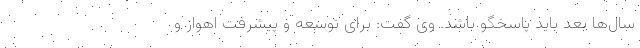
سال‌ها بعد باید پاسخگو باشد. وی گفت: برای توسعه و پیشرفت اهواز و